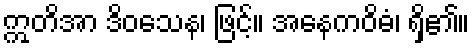
ဣတိအာ ဒိဝသေန၊ ဖြင့်။ အနေကဝိဓံ၊ ရှိ၏။